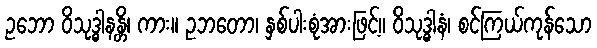
ဥဘော ဝိသုဒ္ဓါနန္တိ၊ ကား။ ဥဘတော၊ နှစ်ပါးစုံအားဖြင့်။ ဝိသုဒ္ဓါနံ၊ စင်ကြယ်ကုန်သော